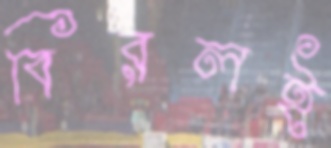
বিরলই